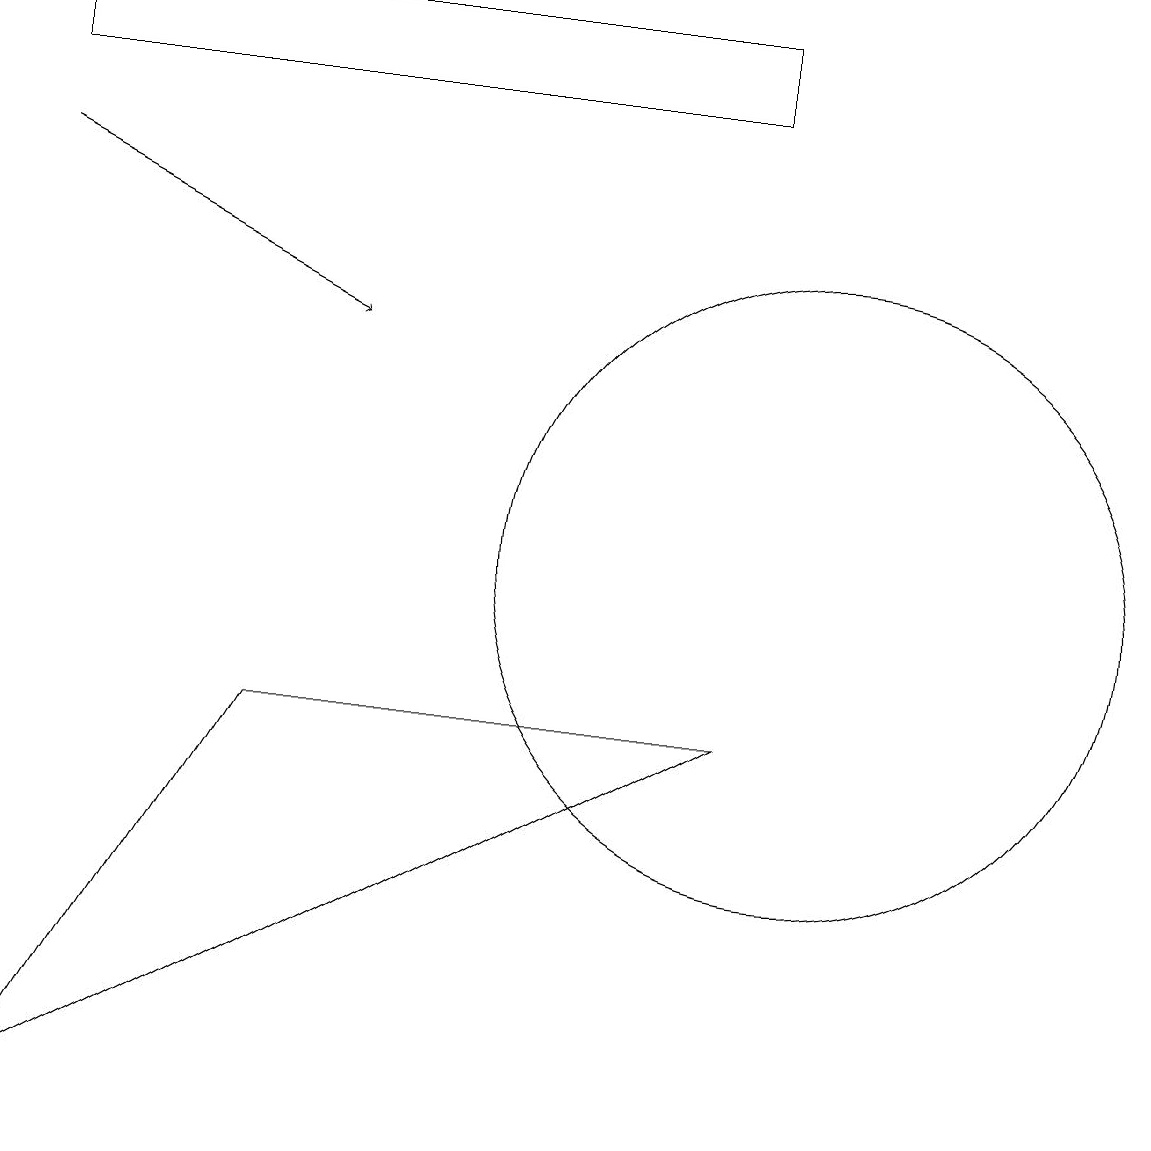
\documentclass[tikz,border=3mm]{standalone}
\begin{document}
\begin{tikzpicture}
\draw (10,10) circle (4);
\draw (0,3) -- (9,8) -- (3,8) -- cycle;
\draw (0,17) rectangle (9,16);
\draw[->] (0,15) -- (4,13);
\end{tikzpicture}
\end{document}